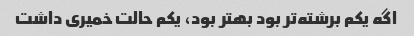
اگه یکم برشته‌تر بود بهتر بود، یکم حالت خمیری داشت